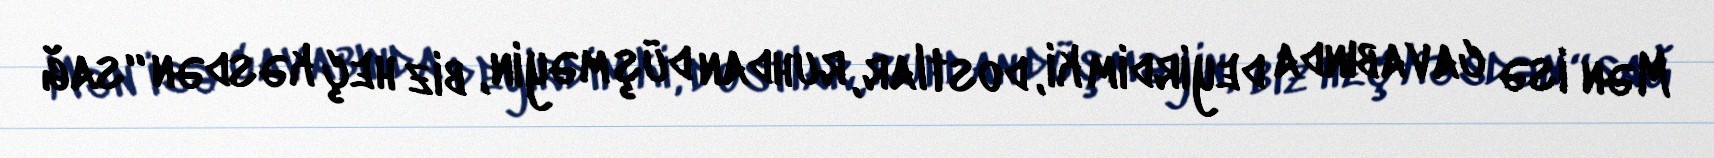
Mən isə cavabında deyirdim ki, dostlar, ruhdan düşməyin, biz heç kəsdən “sağ